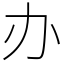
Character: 办